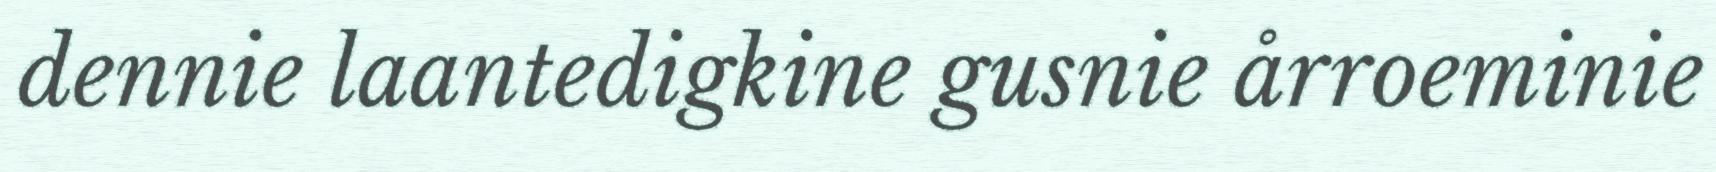
dennie laantedigkine gusnie årroeminie